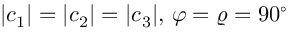
| \boldsymbol { c } _ { 1 } | = | \boldsymbol { c } _ { 2 } | = | \boldsymbol { c } _ { 3 } | , \, \varphi = \varrho = 9 0 ^ { \circ }